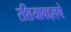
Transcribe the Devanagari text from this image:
रशियाबद्दलचे